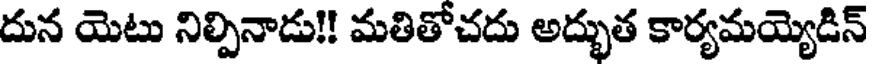
దున యెటు నిల్పినాడు!! మతితోచదు అద్భుత కార్యమయ్యెడిన్